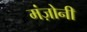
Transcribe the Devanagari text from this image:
मंज़ोनी